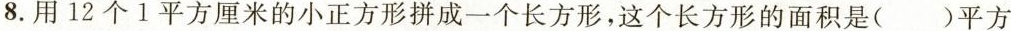
8.用12个1平方厘米的小正方形拼成一个长方形，这个长方形的面积是( )平方